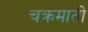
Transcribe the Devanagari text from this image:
चक्रमाती